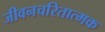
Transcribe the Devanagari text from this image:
जीवनचरितात्मक